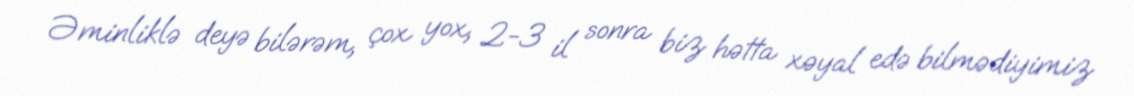
Əminliklə deyə bilərəm, çox yox, 2-3 il sonra biz hətta xəyal edə bilmədiyimiz